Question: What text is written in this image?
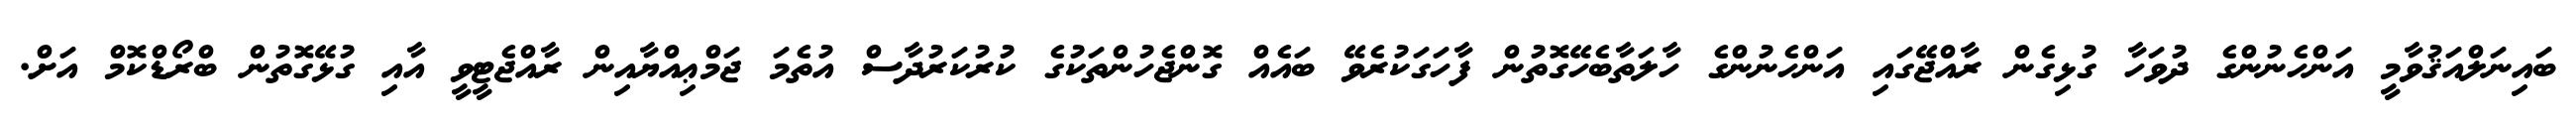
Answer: ބައިނަލްއަޤުވާމީ އަންހެނުންގެ ދުވަހާ ގުޅިގެން ރާއްޖޭގައި އަންހެނުންގެ ހާލަތާބެހޭގޮތުން ފާހަގަކުރެވޭ ބައެއް ގޮންޖެހުންތަކުގެ ކުރުކަރުދާސް އުތެމަ ޖަމްޢިއްޔާއިން ރާއްޖެޓީވީ އާއި ގުޅޭގޮތުން ބްރޯޑްކޮމް އަށް.